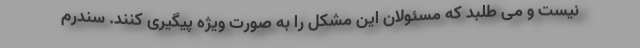
نیست و می طلبد که مسئولان این مشکل را به صورت ویژه پیگیری کنند. سندرم